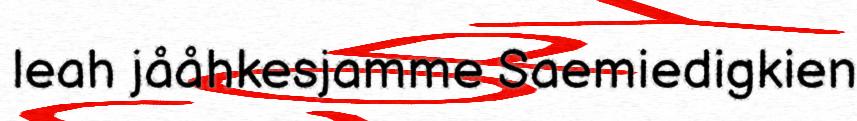
leah jååhkesjamme Saemiedigkien